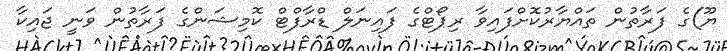
ޔޫ)ގެ ފަރާތުން ތައްޔާރުކޮށްފައިވާ ރިޕޯޓްގެ ފައިނަލް ޑްރާފްޓް ކޮމިޝަންގެ ފަރާތުން ވަނީ ޖައިކާ